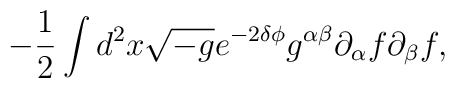
- \frac{1}{2} \int d^2 x \sqrt{-g} e^{-2\delta \phi} g^{\alpha \beta}\partial_{\alpha} f \partial_{\beta} f ,